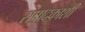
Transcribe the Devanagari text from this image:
संपादकाशी